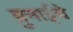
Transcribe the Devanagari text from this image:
ब्रुनाईचे